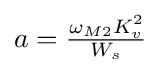
{\textstyle a={\frac {\omega _{M2}K_{v}^{2}}{W_{s}}}}